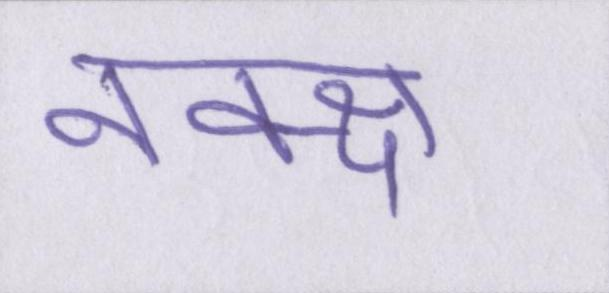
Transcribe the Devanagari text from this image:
नक्क्ष